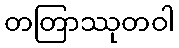
တတြာဿုတဝါ